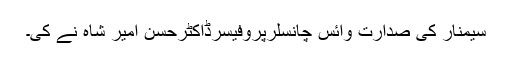
سیمنار کی صدارت وائس چانسلرپروفیسرڈاکٹرحسن امیر شاہ نے کی۔